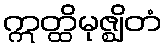
ဣတ္ထိမုဇ္ဈိတံ